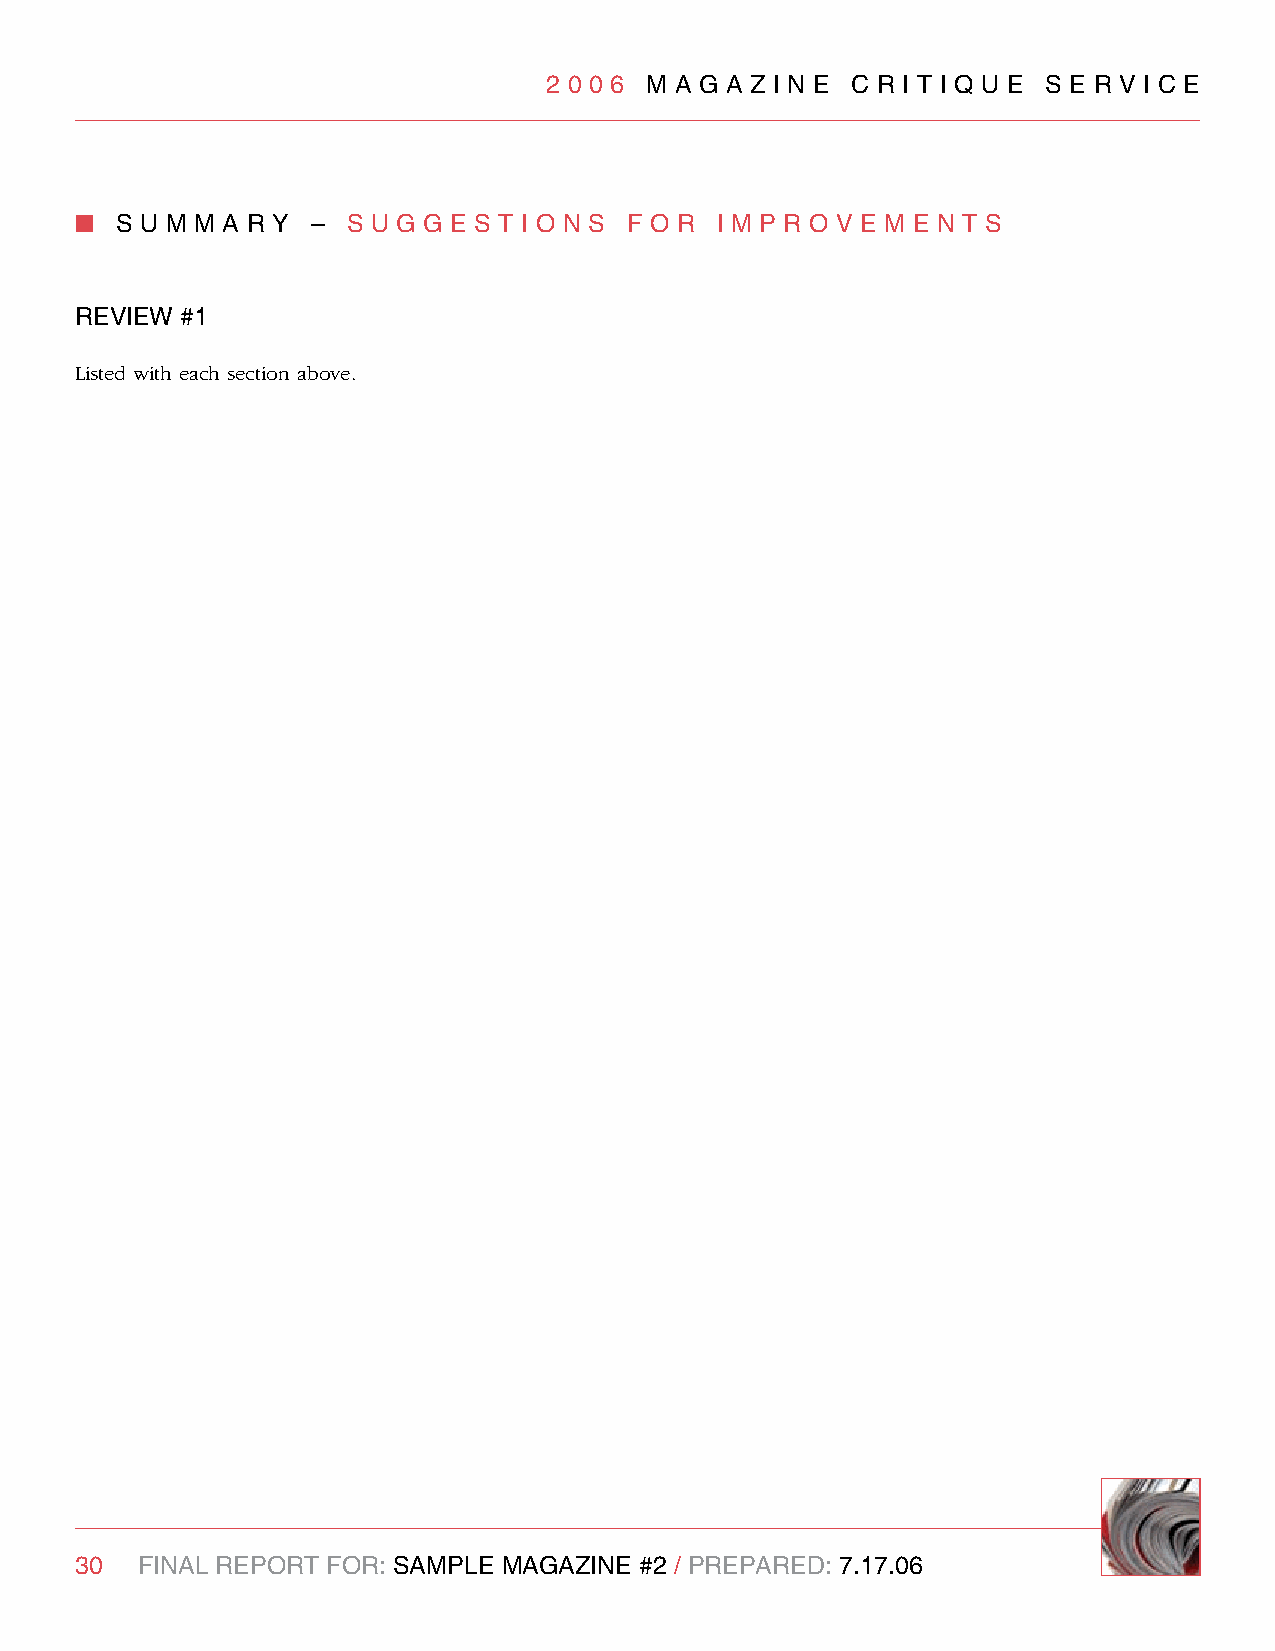
2 0 0 6 M A g A z I n e C R I T I q U e S e R v I C e
 n  S U M M A R y – S U g g e S T I O n S F O R I M P R O v e M e n T S
 RevIew #1
 Listed with each section above.
 30  FInAl RePORT FOR: SAMPle MAgAzIne #2 / PRePARed: 7.17.06